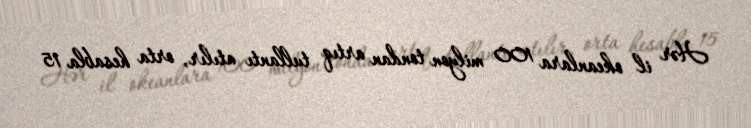
Hər il okeanlara 100 milyon tondan artıq tullantı atılır, orta hesabla 15